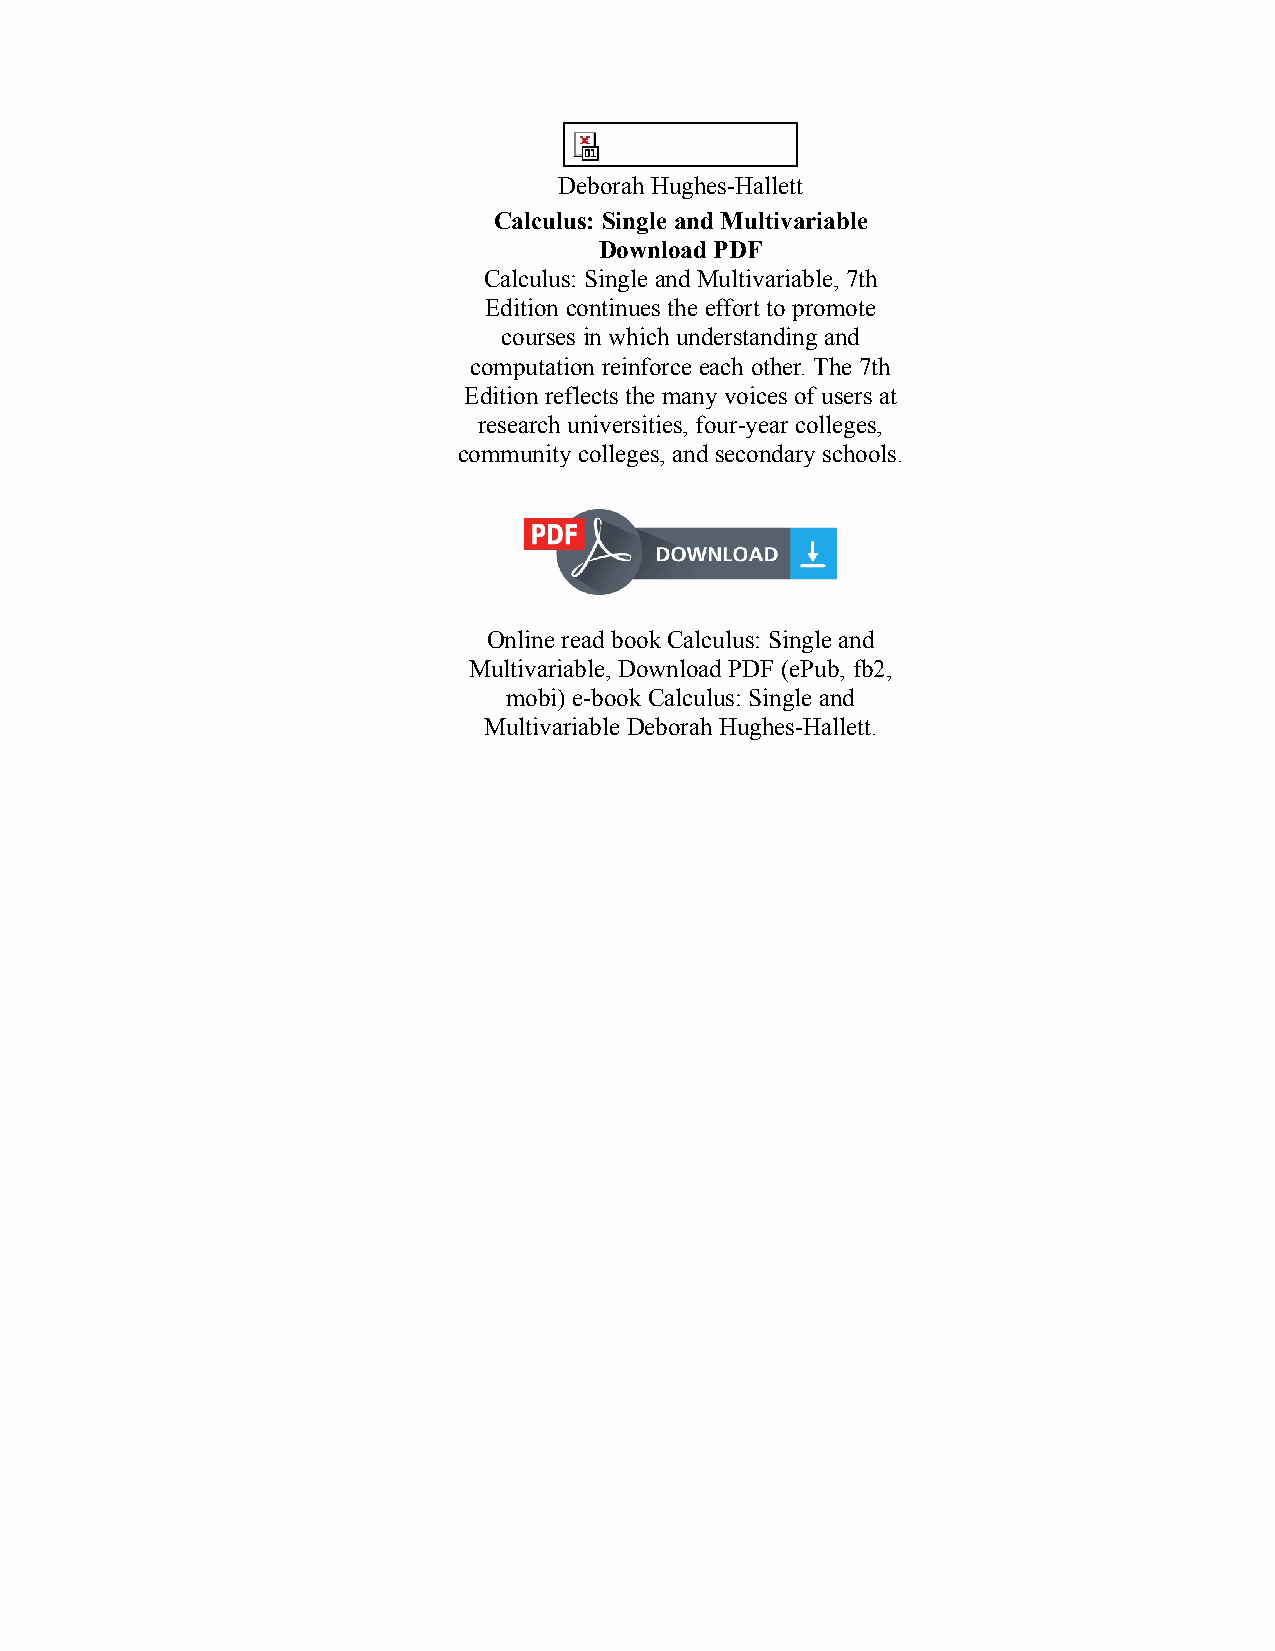
Deborah Hughes-Hallett
 Calculus: Single and Multivariable
 Download PDF
 Calculus: Single and Multivariable, 7th
 Edition continues the effort to promote
 courses in which understanding and
 computation reinforce each other. The 7th
 Edition reflects the many voices of users at
 research universities, four-year colleges,
 community colleges, and secondary schools.
 Online read book Calculus: Single and
 Multivariable, Download PDF (ePub, fb2,
 mobi) e-book Calculus: Single and
 Multivariable Deborah Hughes-Hallett.